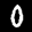
Label: 0